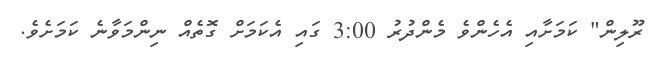
ރޫލިން" ކަމަށާއި އެހެންވެ މެންދުރު 3:00 ގައި އެކަމަށް ގޮތެއް ނިންމަވާނެ ކަމަށެވެ.